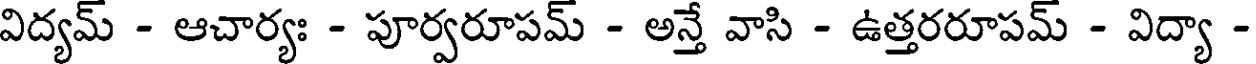
విద్యమ్ - ఆచార్యః - పూర్వరూపమ్ - అన్తే వాసి - ఉత్తరరూపమ్ - విద్యా -